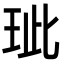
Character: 玼